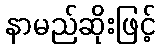
နာမည်ဆိုးဖြင့်